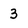
Character: 3